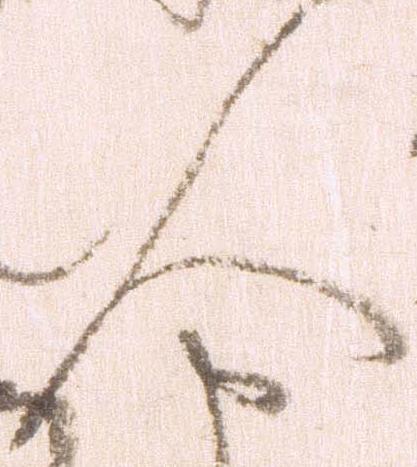
人